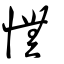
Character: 憮